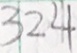
3 2 4